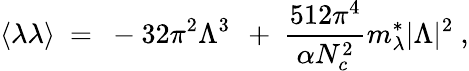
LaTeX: \langle\lambda\lambda\rangle~=~-32\pi^{2}\Lambda^{3}\, ~+~\frac{512\pi^{4}}{\alpha N_{c}^{2}}m_{\lambda}^{*}|\Lambda|^{2}~,